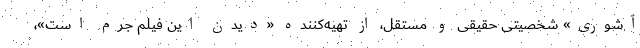
آشوری» شخصیتی حقیقی و مستقل، از تهیه‌کننده «دیدن این فیلم جرم است»،